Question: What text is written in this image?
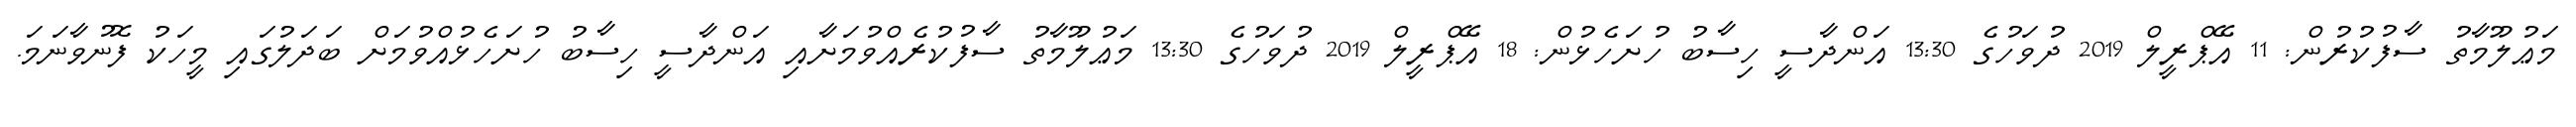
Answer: މަޢުލޫމާތު ސާފުކުރުން: 11 އޭޕްރީލް 2019 ދުވަހުގެ 13:30 އަންދާސީ ހިސާބު ހުށަހެޅުން: 18 އޭޕްރީލް 2019 ދުވަހުގެ 13:30 މަޢުލޫމާތު ސާފުކުރެއްވުމަށާއި އަންދާސީ ހިސާބު ހުށަހެޅުއްވުމަށް ބަދަލުގައި މީހަކު ފޮނުވާނަމަ.